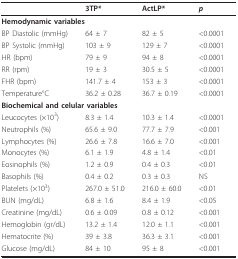
|  | 3TP* | ActLP* | p |
 | --- | --- | --- | --- |
 | <COLSPAN=4> Hemodynamic variables |
 | BP Diastolic (mmHg) | 64 ± 7 | 82 ± 5 | <0.0001 |
 | BP Systolic (mmHg) | 103 ± 9 | 129 ± 7 | <0.0001 |
 | HR (bpm) | 79 ± 9 | 94 ± 8 | <0.0001 |
 | RR (rpm) | 19 ± 3 | 30.5 ± 5 | <0.0001 |
 | FHR (bpm) | 141.7 ± 4 | 153 ± 3 | <0.0001 |
 | Temperature°C | 36.2 ± 0.28 | 36.7 ± 0.19 | <0.0001 |
 | <COLSPAN=4> Biochemical and celular variables |
 | Leucocytes (×103) | 8.3 ± 1.4 | 10.3 ± 1.4 | <0.0001 |
 | Neutrophils (%) | 65.6 ± 9.0 | 77.7 ± 7.9 | <0.001 |
 | Lymphocytes (%) | 26.6 ± 7.8 | 16.6 ± 7.0 | <0.001 |
 | Monocytes (%) | 6.1 ± 1.9 | 4.8 ± 1.4 | <0.01 |
 | Eosinophils (%) | 1.2 ± 0.9 | 0.4 ± 0.3 | <0.01 |
 | Basophils (%) | 0.4 ± 0.2 | 0.3 ± 0.3 | NS |
 | Platelets (×103) | 267.0 ± 51.0 | 216.0 ± 60.0 | <0.01 |
 | BUN (mg/dL) | 6.8 ± 1.6 | 8.4 ± 1.9 | <0.05 |
 | Creatinine (mg/dL) | 0.6 ± 0.09 | 0.8 ± 0.12 | <0.001 |
 | Hemoglobin (gr/dL) | 13.2 ± 1.4 | 12.0 ± 1.1 | <0.001 |
 | Hematocrite (%) | 39 ± 3.8 | 36.3 ± 3.1 | <0.001 |
 | Glucose (mg/dL) | 84 ± 10 | 95 ± 8 | <0.001 |